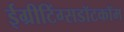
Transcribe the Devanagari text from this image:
ईग्रीटिंग्सडॉटकॉम